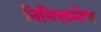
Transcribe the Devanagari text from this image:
निमित्तानेच